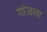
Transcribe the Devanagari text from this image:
गांजला